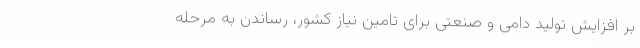
بر افزایش تولید دامی و صنعتی برای تامین نیاز کشور، رساندن به مرحله